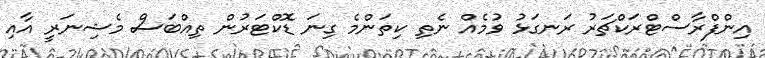
އިންފްރާސްޓްރަކްޗަރު ރަނގަޅު ވުމެއް ނެތި ކިތަންމެ ގިނަ ޑޮކްޓަރުން ތިއްބަސް މެޝިނަރީ އާއި